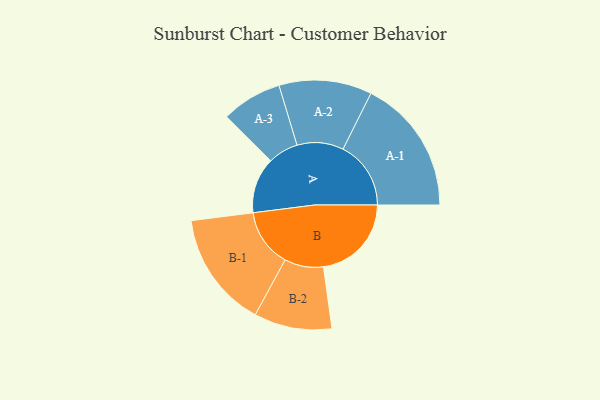
{"axis": {"x": "Segment", "y": "Value"}, "legend": ["", "A", "B"], "data": [{"x": "A", "y": 239, "type": ""}, {"x": "B", "y": 377, "type": ""}, {"x": "A-1", "y": 291, "type": "A"}, {"x": "A-2", "y": 199, "type": "A"}, {"x": "A-3", "y": 130, "type": "A"}, {"x": "B-1", "y": 249, "type": "B"}, {"x": "B-2", "y": 167, "type": "B"}]}